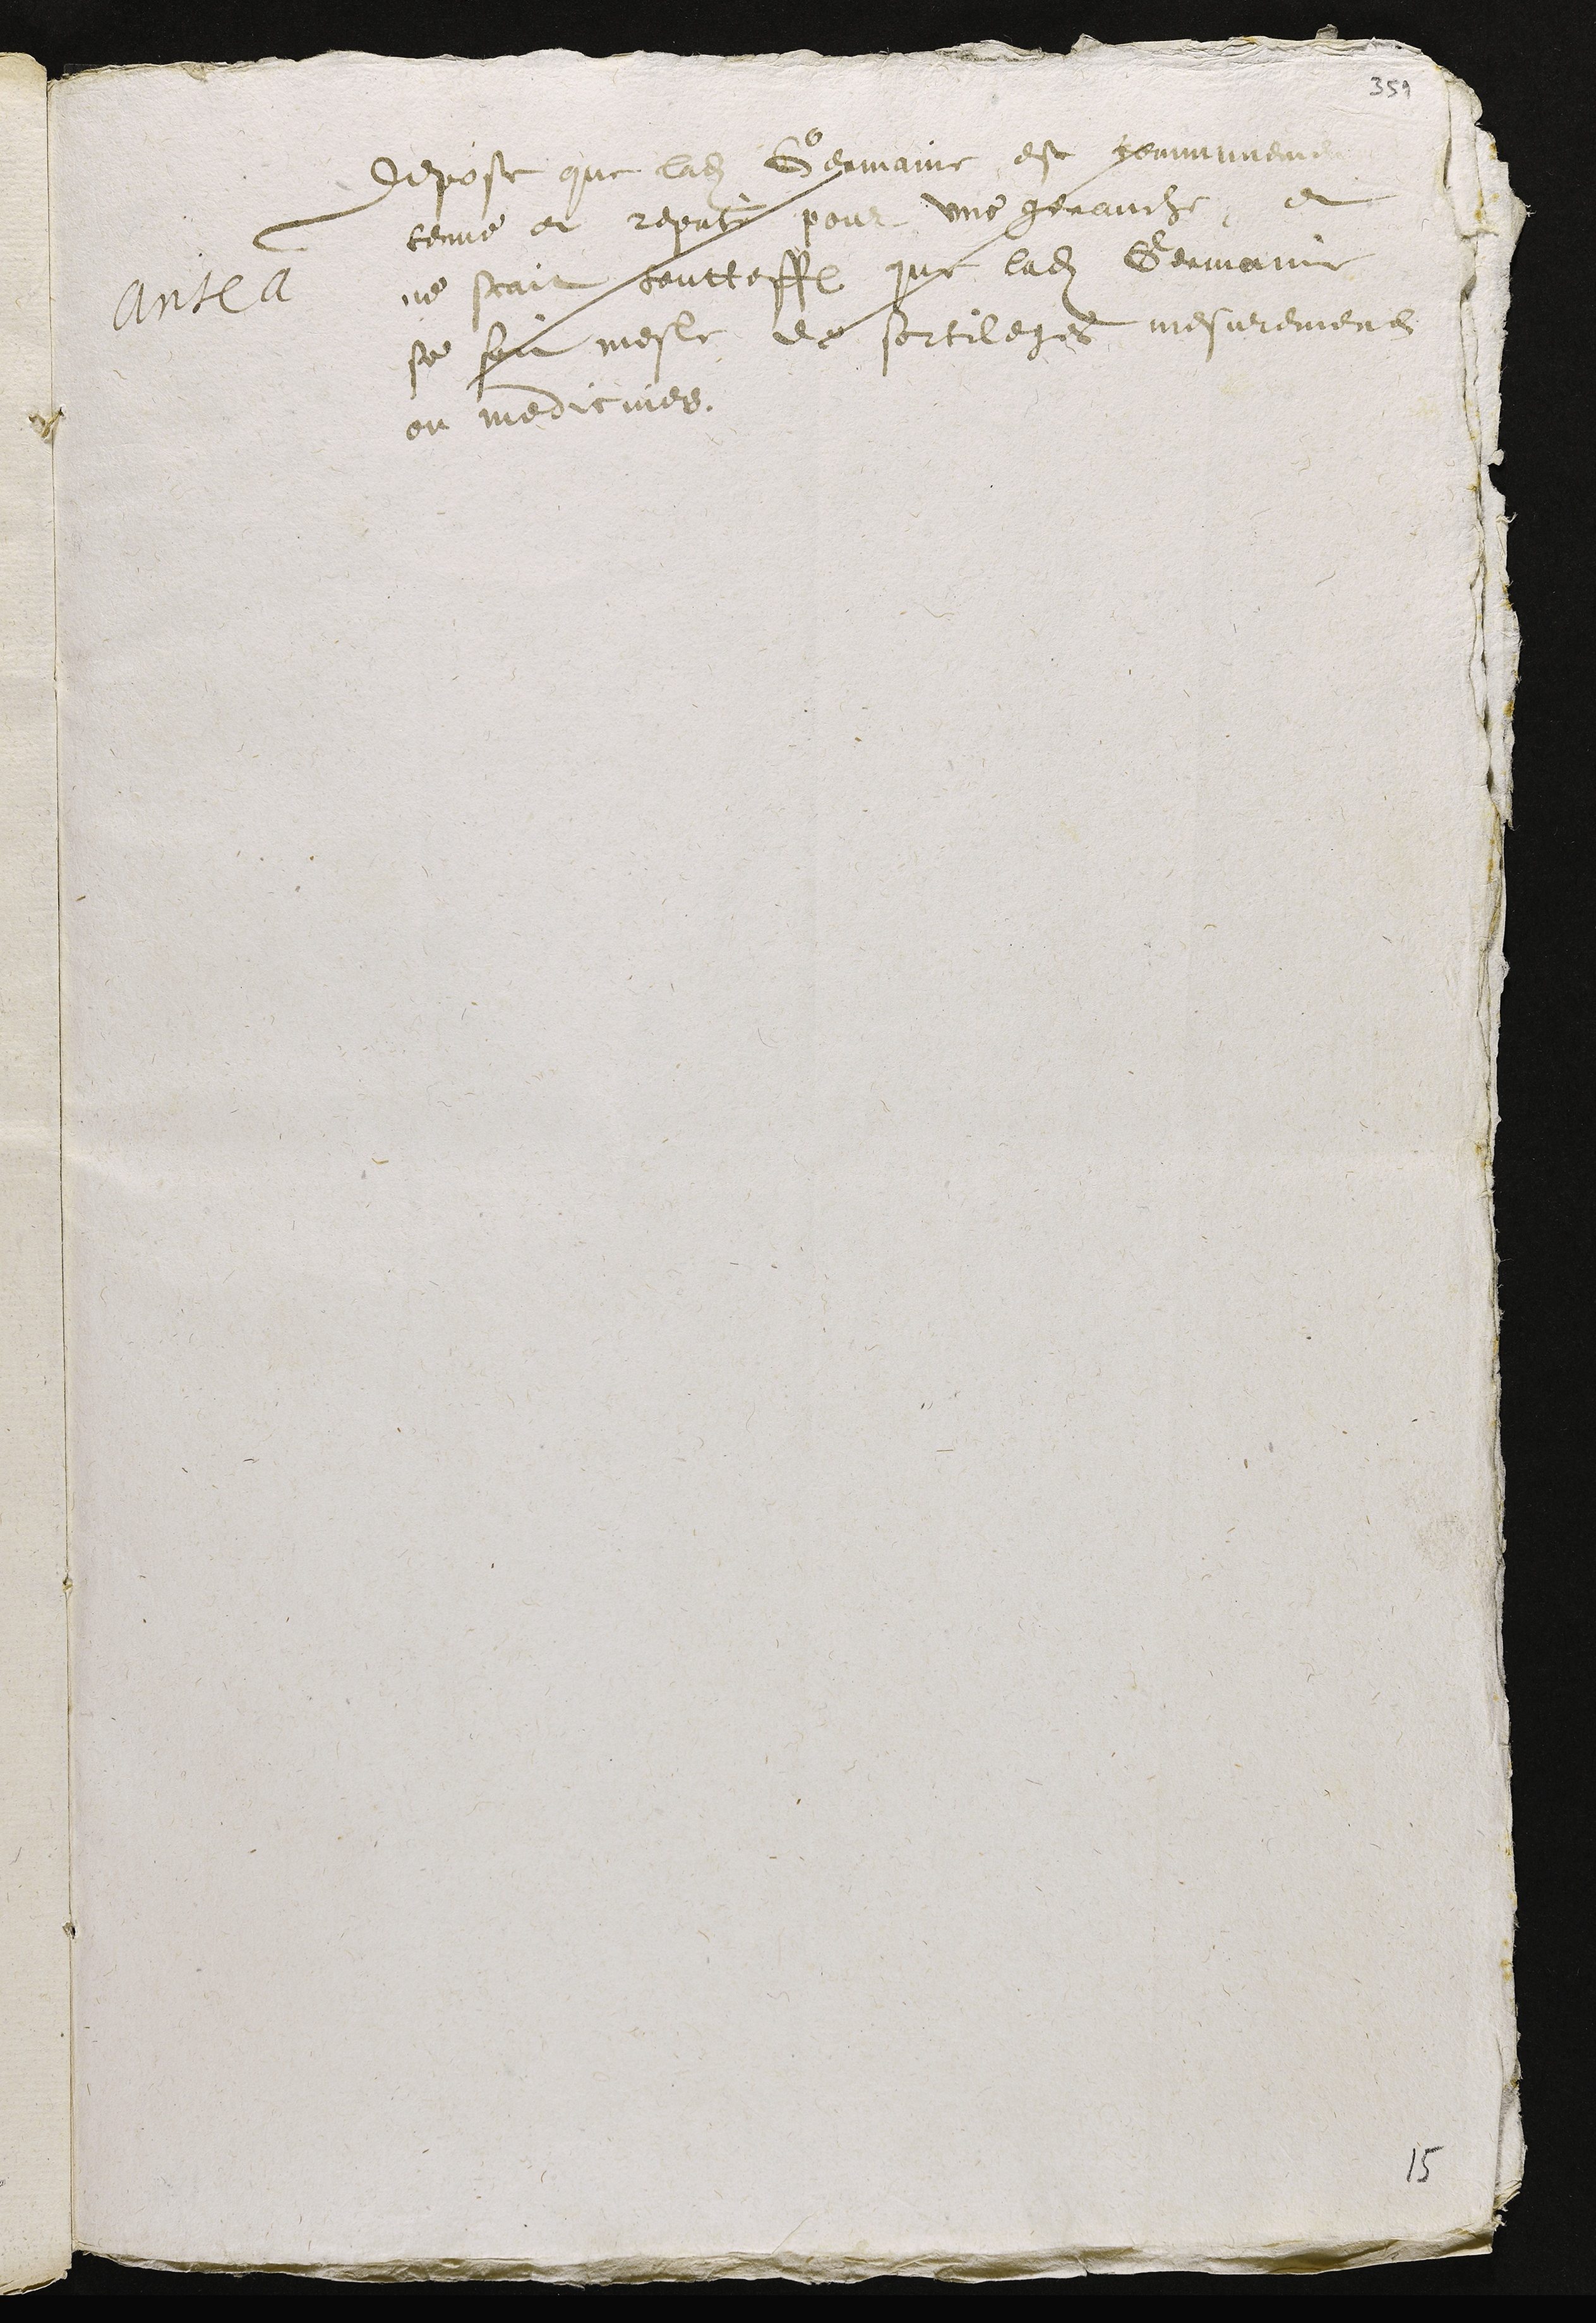
Antea
Depose que ladite Germaine est communement
tenue et reputé pour une genauche, et
ne scait toutteffois que ladite Germaine
se soit mesle de sortileges, mesuremens
ou medicines

15